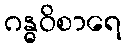
ဂန္ဓဝိစာရေ